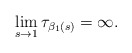
\begin{align*}\lim\limits_{s\rightarrow 1}\tau_{\beta_1(s)}=\infty .\end{align*}